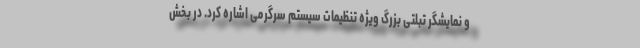
و نمایشگر تبلتی بزرگ ویژه تنظیمات سیستم سرگرمی اشاره کرد. در بخش